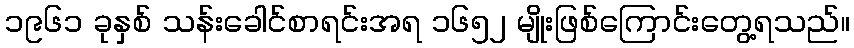
၁၉၆၁ ခုနှစ် သန်းခေါင်စာရင်းအရ ၁၆၅၂ မျိုးဖြစ်ကြောင်းတွေ့ရသည်။